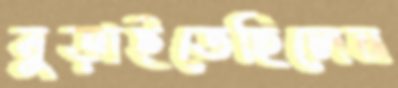
বুড়াইতেছিলেন